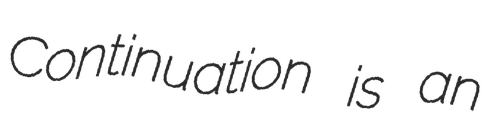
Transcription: Continuation is an